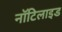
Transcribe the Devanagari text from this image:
नॉटिलाइड